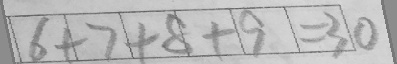
6 + 7 + 8 + 9 = 3 0